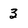
Character: 3